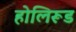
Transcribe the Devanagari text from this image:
होलिरूड